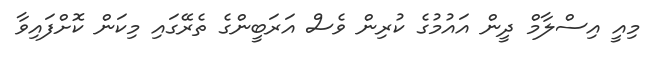
މިއީ އިސްލާމް ދީން އައުމުގެ ކުރިން ވެސް އަރަބީންގެ ތެރޭގައި މިކަން ކޮށްފައިވާ